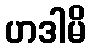
ဟဒါမိ